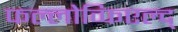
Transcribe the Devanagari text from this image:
फल्लोव्फिएल्द्